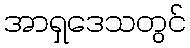
အာရှဒေသတွင်